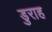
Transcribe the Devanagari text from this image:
डुराह